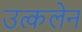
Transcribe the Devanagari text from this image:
उत्कलेन